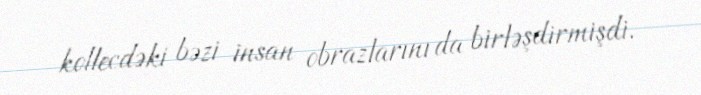
kollecdəki bəzi insan obrazlarını da birləşdirmişdi.